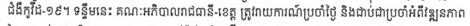
ជំងឺកូវីដ-១៩។ ទន្ទឹមនេះ គណៈអភិបាលរាជធានី-ខេត្ត ត្រូវរាយការណ៏ប្រចាំថ្ងៃ និងជាប់ជាប្រចាំអំពីវឌ្ឍនភាព